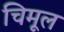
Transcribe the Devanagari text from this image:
चिमूल